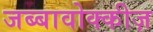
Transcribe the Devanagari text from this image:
जब्बावोक्कीज़